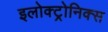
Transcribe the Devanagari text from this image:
इलोक्ट्रोनिक्स